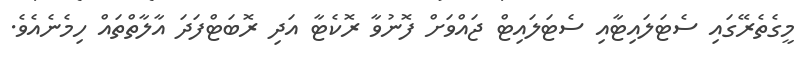
މީގެތެރޭގައި ސެޓަލައިޓާއި ސެޓަލައިޓް ޖައްވަށް ފޮނުވާ ރޮކެޓާ އަދި ރޮބަޓްފަދަ އާލާތްތައް ހިމެނެއެވެ.